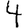
Digit: 4